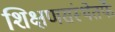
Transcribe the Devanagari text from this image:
शिक्षणसंस्थेतर्फे